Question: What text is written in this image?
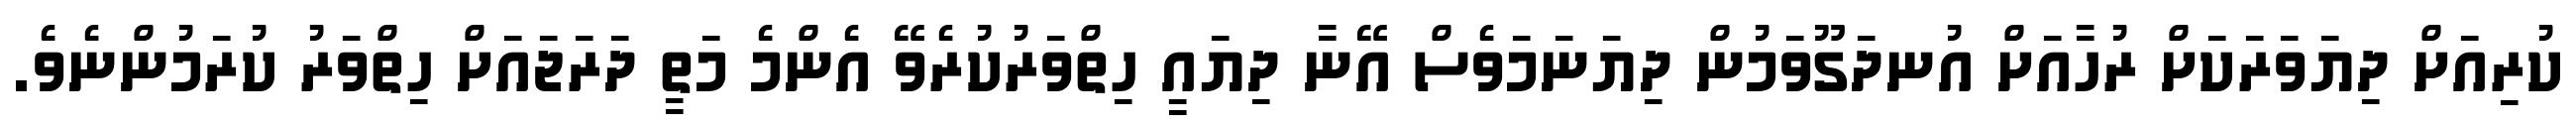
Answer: ކުރިއަށް ދިޔަވަރަކަށް ރުހާއަށް އުނދަގޫވަމުން ދިޔަނަމަވެސް އޭނާ ދިޔައީ ހިތްވަރުކުރެވޭ އެންމެ މަތީ ދަރަޖައަށް ހިތްވަރު ކުރަމުންނެވެ.